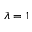
\lambda = 1